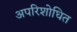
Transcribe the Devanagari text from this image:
अपरिशोधित